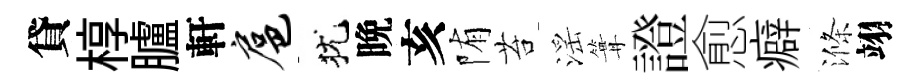
貸椁臚軒扈犹晩亥陏苔滛篝證愈癖滌翊